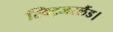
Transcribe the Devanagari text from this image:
स्विट्जरलैंड।